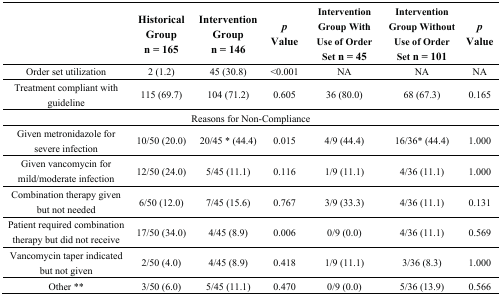
<table><thead><tr><td></td><td><b>Historical Groupn = 165</b></td><td><b>Intervention Groupn = 146</b></td><td><b><i>p</i> Value</b></td><td><b>Intervention Group With Use of Order Set n = 45</b></td><td><b>Intervention Group Without Use of Order Set n = 101</b></td><td><b><i>p</i> Value</b></td></tr></thead><tbody><tr><td>Order set utilization</td><td>2 (1.2)</td><td>45 (30.8)</td><td>&lt;0.001</td><td>NA</td><td>NA</td><td>NA</td></tr><tr><td>Treatment compliant with guideline</td><td>115 (69.7)</td><td>104 (71.2)</td><td>0.605</td><td>36 (80.0)</td><td>68 (67.3)</td><td>0.165</td></tr><tr><td colspan="7">Reasons for Non-Compliance</td></tr><tr><td>Given metronidazole for severe infection</td><td>10/50 (20.0)</td><td>20/45 * (44.4)</td><td>0.015</td><td>4/9 (44.4)</td><td>16/36 * (44.4)</td><td>1.000</td></tr><tr><td>Given vancomycin for mild/moderate infection</td><td>12/50 (24.0)</td><td>5/45 (11.1)</td><td>0.116</td><td>1/9 (11.1)</td><td>4/36 (11.1)</td><td>1.000</td></tr><tr><td>Combination therapy given but not needed</td><td>6/50 (12.0)</td><td>7/45 (15.6)</td><td>0.767</td><td>3/9 (33.3)</td><td>4/36 (11.1)</td><td>0.131</td></tr><tr><td>Patient required combination therapy but did not receive</td><td>17/50 (34.0)</td><td>4/45 (8.9)</td><td>0.006</td><td>0/9 (0.0)</td><td>4/36 (11.1)</td><td>0.569</td></tr><tr><td>Vancomycin taper indicated but not given</td><td>2/50 (4.0)</td><td>4/45 (8.9)</td><td>0.418</td><td>1/9 (11.1)</td><td>3/36 (8.3)</td><td>1.000</td></tr><tr><td>Other **</td><td>3/50 (6.0)</td><td>5/45 (11.1)</td><td>0.470</td><td>0/9 (0.0)</td><td>5/36 (13.9)</td><td>0.566</td></tr></tbody></table>